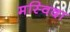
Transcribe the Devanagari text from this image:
मस्विदा